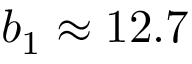
b _ { 1 } \approx 1 2 . 7